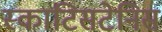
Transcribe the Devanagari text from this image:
स्काटिसटेनिस